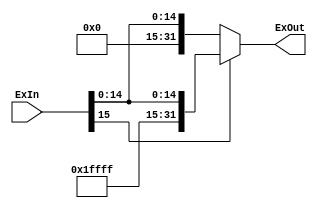
 module Extensor16 ( ExIn , ExOut ) ;

 input [15:0] ExIn ;
 output reg [31:0] ExOut ;


 always @ (*)
 begin
 if ( ExIn [15])
 ExOut = {16 'b1111111111111111 , ExIn} ;
 else
 ExOut = {16 'b0000000000000000, ExIn} ;
 end

 endmodule